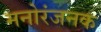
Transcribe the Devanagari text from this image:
मनोरंजनक